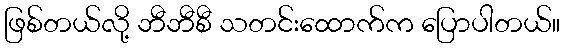
ဖြစ်တယ်လို့ ဘီဘီစီ သတင်းထောက်က ပြောပါတယ်။